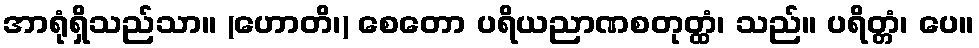
အာရုံရှိသည်သာ။ (ဟောတိ၊) စေတော ပရိယညာဏစတုတ္ထံ၊ သည်။ ပရိတ္တံ၊ ပေ။